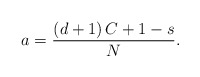
\begin{align*}a = \frac{(d+1) \, C + 1 - s}{N}.\end{align*}